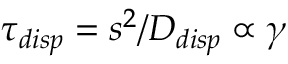
\tau _ { d i s p } = s ^ { 2 } / D _ { d i s p } \propto \gamma